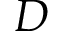
D